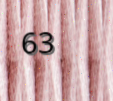
63